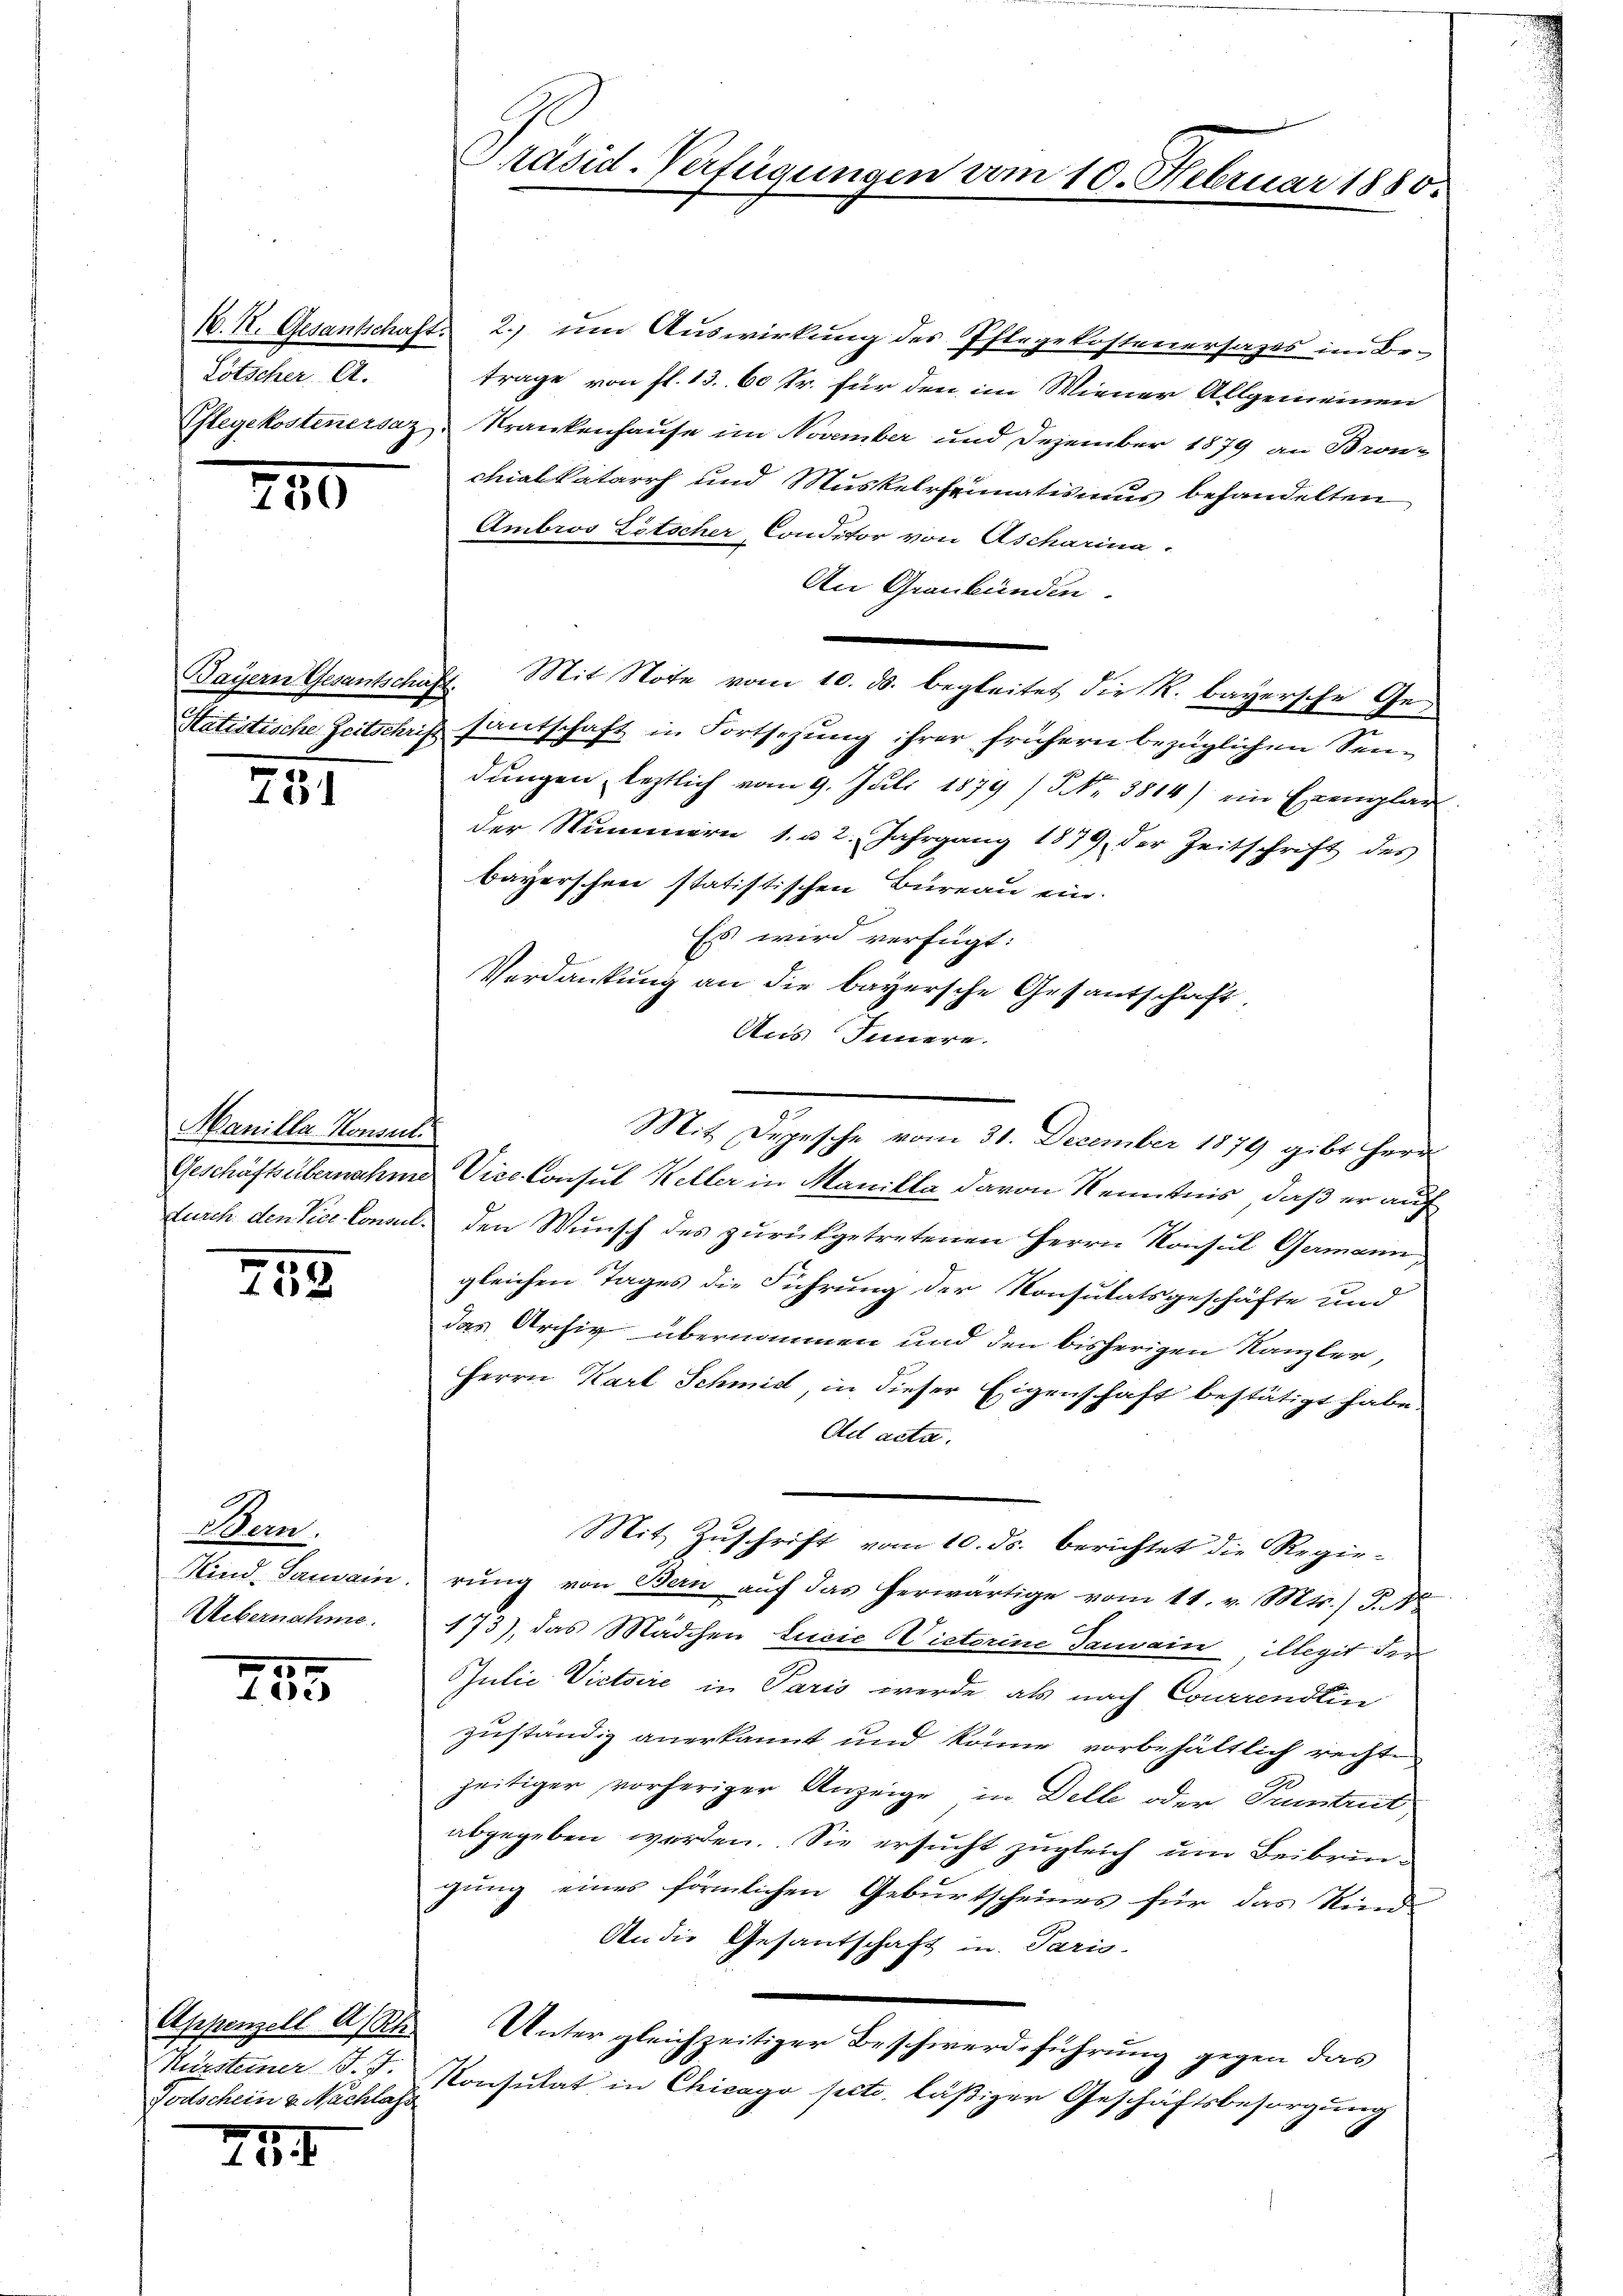
Lötscher A.

250

Bayern Gesantschaft.

781

Manille-Konsul

759

Bern.
Kind. Sanain.
Uebernahme.

100.
12

Appenzell A. Sch
Todschein u. Nachlass

224

M. R. Gesantschaft. 2.) um Auswirkung des Pflegekostenersages im Be-
trage von fl. 13. 60 Fr. für den im Wiener Allgemeinen
Pflegekostenersaz, Krankenhause im November und Dezember 1879 an Bronz
chialkatarrh und Muskelrheumatismus behandelten
Ambros Litscher Conditor von Ascharina.
An Graubünden.
Satistische Zeitschrift santschaft in Fortsezung ihrer frühern bezüglichen Sendungen letztlich vom 9. Juli 1879 / Nr. 3814) ein Exemplar
der Nummern 1. u 2. Jahrgang 1879, der Zeitschrift des
bayerschen statistischen Bureau ein.
Es wird verfügt:
Verdankung an die bayersche Gesantschaft.
Aus Innere.
Geschäftsübernahme Vice-Consul Keller in Manilla davon Kenntnis, daß er auf
durch den Vice-Consul. den Wunsch des zurükgetretenen Herrn Konsul Germann,
gleichen Tages die Führung der Konsulatsgeschäfte und
das Archiv übernommen und den bisherigen Kanzler,
Herrn Karl Schmid, in dieser Eigenschaft bestätigt habe.
Ad acta.
Mit Zuschrift vom 10. ds. berichtet die Regie-
rŭng von Bern aŭf das herwärtige vom 11. v. Mts.) J. N
173), das Mädchen Lucie Victorine Tanvain illegit der
Julić Victoire in Paris werde als nach Courrendlin
zuständig anerkannt und könne vorbehältlich rechte
zeitiger vorheriger Anzeige, in Delle oder Tuntrut
abgegeben werden. Sie ersucht zugleich um Beibrunggung eines förmlichen Geburtscheines für das Kind
An die Gesandschaft in Paris-
Unter gleichzeitiger Beschwerdeführung gegen das
Kürsterner S. J. Konsulat in Chicago pct. läβiger Geschäftsbesorgŭng

Präsid-Verfügungen vom 10. Februar 1880.

Mit Note vom 10. ds. begleitet die R. bayersche Ge¬

Mit Depesche vom 31. December 1879 gibt Herr